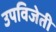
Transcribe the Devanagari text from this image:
उपविजेती